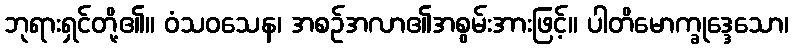
ဘုရားရှင်တို့၏။ ဝံသဝသေန၊ အစဉ်အလာ၏အစွမ်းအားဖြင့်။ ပါတိမောက္ခုဒ္ဒေသော၊